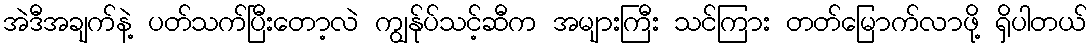
အဲဒီအချက်နဲ့ ပတ်သက်ပြီးတော့လဲ ကျွန်ုပ်သင့်ဆီက အများကြီး သင်ကြား တတ်မြောက်လာဖို့ ရှိပါတယ်